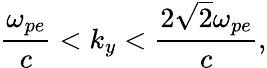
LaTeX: \frac{\omega_{pe}}{c}<k_{y}<\frac{2\sqrt{2}\omega_{pe}}{c},